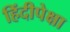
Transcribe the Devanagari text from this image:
हिंदीपेक्षा